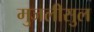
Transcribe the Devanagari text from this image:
मुजलीसुल